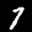
Label: 7